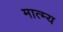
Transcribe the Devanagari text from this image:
मात्म्य